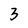
Character: 3